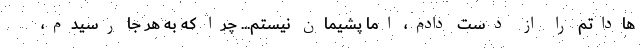
هاداتم را از دست دادم، اما پشيمان نيستم... چرا كه به هر جا رسيدم،